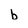
Character: b